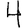
Digit: 4